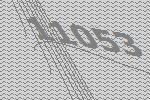
11053